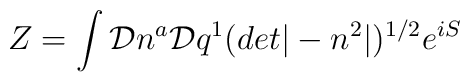
Z = \int {\cal D}n^{a} {\cal D}q^{1} (det|-n^{2}|)^{1/2} e^{iS}